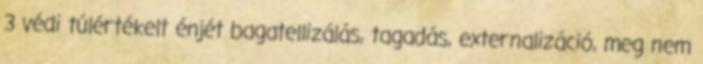
3 védi túlértékelt énjét bagatellizálás, tagadás, externalizáció, meg nem